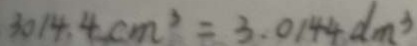
3 0 1 4 . 4 c m ^ { 3 } = 3 . 0 1 4 4 d m ^ { 3 }